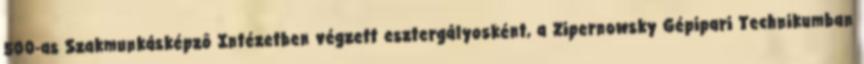
500-as Szakmunkásképzô Intézetben végzett esztergályosként, a Zipernowsky Gépipari Technikumban